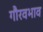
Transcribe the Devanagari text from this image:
गौरवभाव